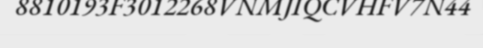
8810193F3012268VNMJIQCVHFV7N44